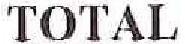
TOTAL